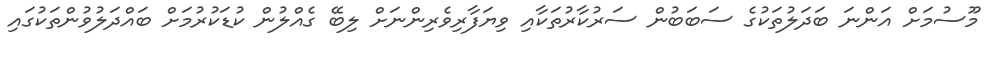
މޫސުމަށް އަންނަ ބަދަލުތަކުގެ ސަބަބުން ސަރުކާރުތަކާއި ވިޔަފާރިވެރިންނަށް ލިބޭ ގެއްލުން ކުޑަކުރުމަށް ބައްދަލުވުންތަކުގައި